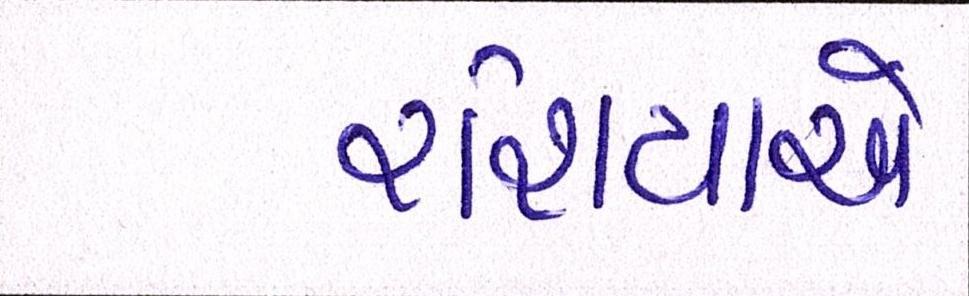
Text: રશિયાએ